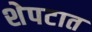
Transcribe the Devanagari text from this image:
शेपटात